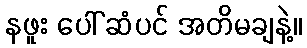
နဖူး ပေါ် ဆံပင် အတိမချနဲ့။